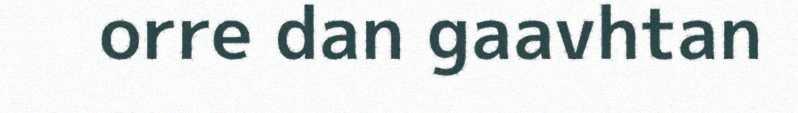
orre dan gaavhtan